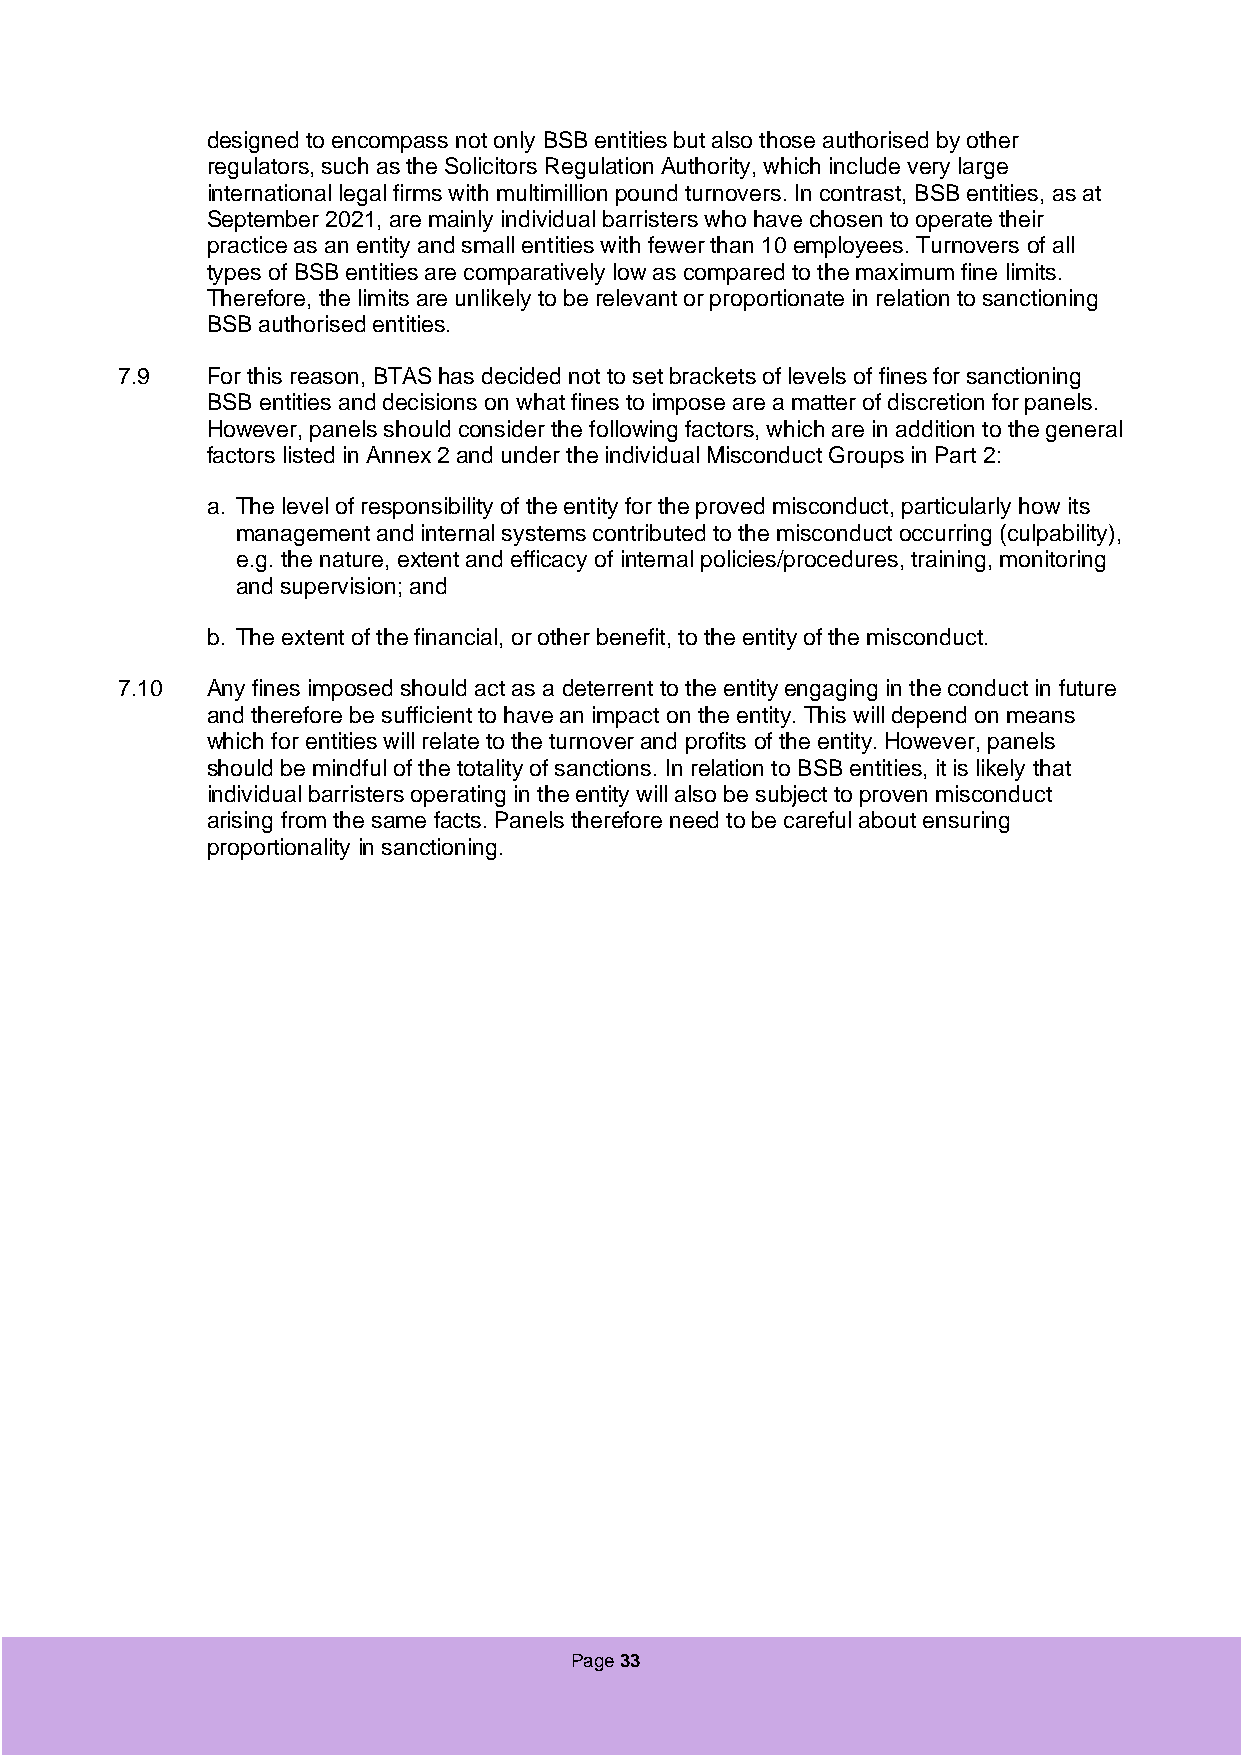
designed to encompass not only BSB entities but also those authorised by other
 regulators, such as the Solicitors Regulation Authority, which include very large
 international legal firms with multimillion pound turnovers. In contrast, BSB entities, as at
 September 2021, are mainly individual barristers who have chosen to operate their
 practice as an entity and small entities with fewer than 10 employees. Turnovers of all
 types of BSB entities are comparatively low as compared to the maximum fine limits.
 Therefore, the limits are unlikely to be relevant or proportionate in relation to sanctioning
 BSB authorised entities.
 7.9   For this reason, BTAS has decided not to set brackets of levels of fines for sanctioning
 BSB entities and decisions on what fines to impose are a matter of discretion for panels.
 However, panels should consider the following factors, which are in addition to the general
 factors listed in Annex 2 and under the individual Misconduct Groups in Part 2:
 a. The level of responsibility of the entity for the proved misconduct, particularly how its
 management and internal systems contributed to the misconduct occurring (culpability),
 e.g. the nature, extent and efficacy of internal policies/procedures, training, monitoring
 and supervision; and
 b. The extent of the financial, or other benefit, to the entity of the misconduct.
 7.10  Any fines imposed should act as a deterrent to the entity engaging in the conduct in future
 and therefore be sufficient to have an impact on the entity. This will depend on means
 which for entities will relate to the turnover and profits of the entity. However, panels
 should be mindful of the totality of sanctions. In relation to BSB entities, it is likely that
 individual barristers operating in the entity will also be subject to proven misconduct
 arising from the same facts. Panels therefore need to be careful about ensuring
 proportionality in sanctioning.
 Page 33